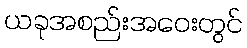
ယခုအစည်းအဝေးတွင်